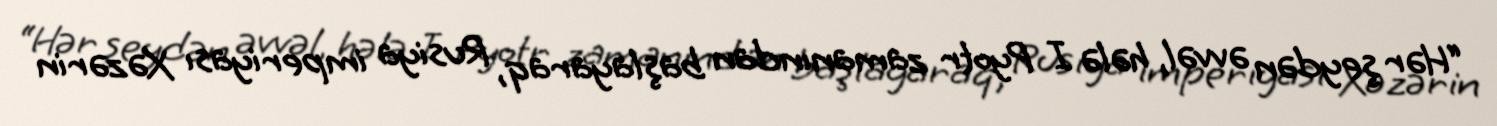
“Hər şeydən əvvəl, hələ I Pyotr zamanından başlayaraq, Rusiya imperiyası Xəzərin